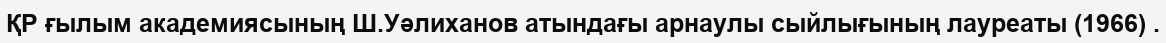
ҚР ғылым академиясының Ш.Уәлиханов атындағы арнаулы сыйлығының лауреаты (1966) .